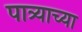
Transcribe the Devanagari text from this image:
पात्र्याच्या